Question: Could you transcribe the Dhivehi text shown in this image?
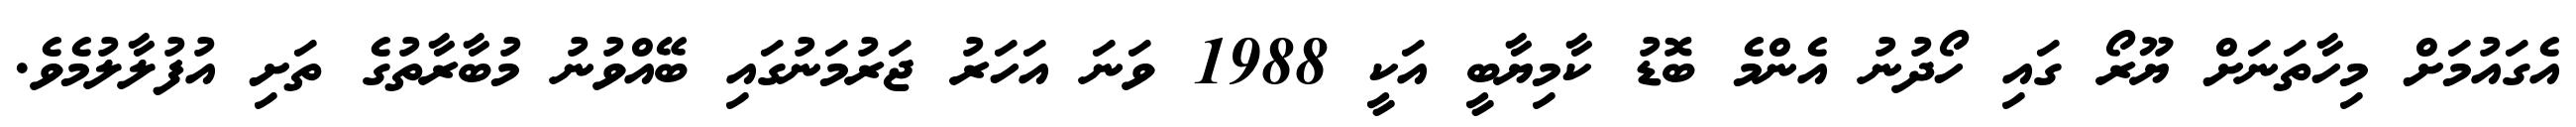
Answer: އެގައުމަށް މިހާތަނަށް ޔޫރޯ ގައި ހޯދުނު އެންމެ ބޮޑު ކާމިޔާބީ އަކީ 1988 ވަނަ އަހަރު ޖަރުމަނުގައި ބޭއްވުނު މުބާރާތުގެ ތަށި އުފުލާލުމެވެ.